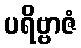
ပရိဗ္ဗာဇံ